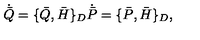
\dot { \bar { Q } } = \{ \bar { Q } , \bar { H } \} _ { D } \dot { \bar { P } } = \{ \bar { P } , \bar { H } \} _ { D } ,